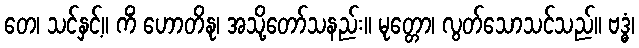
တေ၊ သင်နှင့်။ ကိံ ဟောတိနု၊ အသို့တော်သနည်း။ မုတ္တော၊ လွတ်သောသင်သည်။ ဗဒ္ဓံ၊